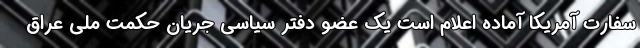
سفارت آمریکا آماده اعلام است یک عضو دفتر سیاسی جریان حکمت ملی عراق